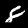
Digit: 8